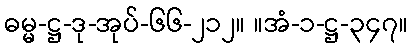
ဓမ္မ-ဋ္ဌ-ဒု-အုပ်-၆၆-၂၁၂။ ။အံ-၁-ဋ္ဌ-၃၄၇။